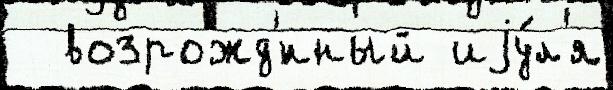
  возрожд'́нный иjу́л'я